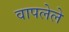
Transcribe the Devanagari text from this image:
वापलेले